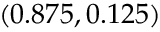
( 0 . 8 7 5 , 0 . 1 2 5 )